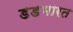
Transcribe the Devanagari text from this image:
डडभारत